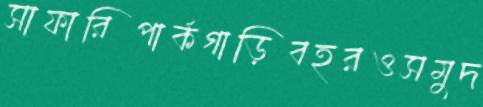
সাফারিপার্কগাড়িবহরওসমুদ